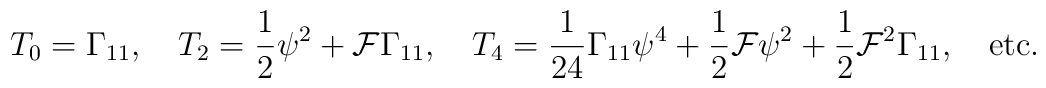
T_0 = \Gamma_{11}, \quad T_2 = {1\over 2} \psi^2 + {\cal F} \Gamma_{11}, \quad T_4 = {1 \over 24} \Gamma_{11} \psi^4 + {1 \over 2} {\cal F} \psi^2  + {1 \over 2} {\cal F}^2 \Gamma_{11}, \quad {\rm etc.}